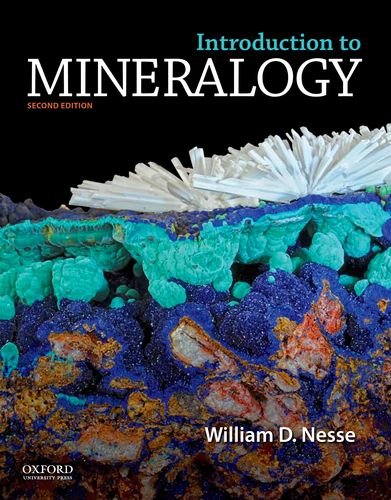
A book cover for Introduction to Mineralogy; William Nesse; Science & Math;